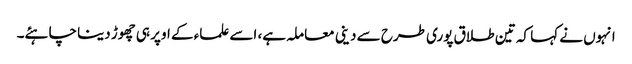
انہوں نے کہا کہ تین طلاق پوری طرح سے دینی معاملہ ہے، اسے علماء کے اوپر ہی چھوڑ دینا چاہئے۔